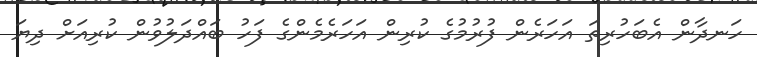
ހަނދާން އެބަހުރިތަ އަހަރެން ފުރުމުގެ ކުރިން އަހަރެމެންގެ ފަހު ބައްދަލުވުން ކުރިއަށް ދިޔަ